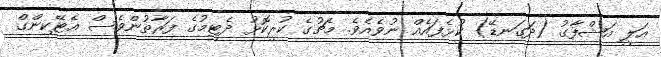
އަލީ އަޝްފާގު (ދަގަނޑޭ) ކުޅެފައެއް ނުވެއެވެ. މެޗުގެ ކުރީކޮޅު ދެޓީމުގެ ފަރާތުންވެސް އެޓޭކިންގް